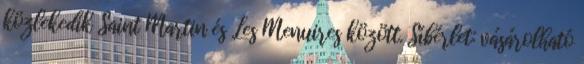
közlekedik Saint Martin és Les Menuires között. Síbérlet: vásárolható